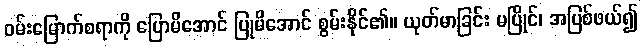
ဝမ်းမြောက်စရာကို ပြောမိအောင် ပြုမိအောင် စွမ်းနိုင်၏။ ယုတ်မာခြင်း မပြိုင်၊ အပြစ်ဖယ်၍